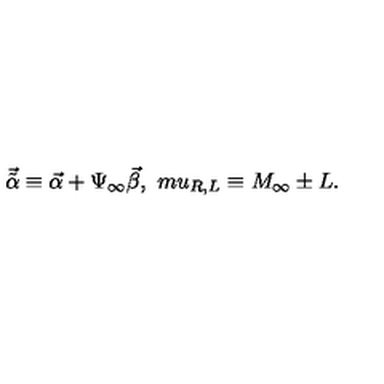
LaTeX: { \vec { \tilde { \alpha } } } \equiv { \vec { \alpha } } + \Psi _ { \infty } { \vec { \beta } } , \ m u _ { R , L } \equiv M _ { \infty } \pm L .